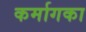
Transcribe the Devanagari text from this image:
कर्मागका